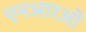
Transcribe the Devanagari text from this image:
एनआरओ